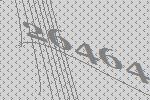
26464